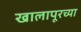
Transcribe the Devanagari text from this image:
खालापूरच्या